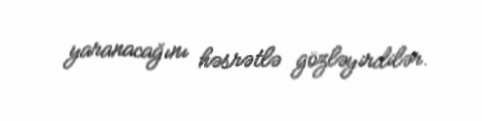
yaranacağını həsrətlə gözləyirdilər.